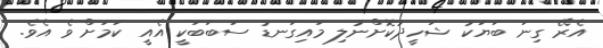
އެރޭ ގިނަ ބަޔަކު ޝަހީދުކޮށްނުލި މައިގަނޑު ސަބަބަކީ އެއީ ކަމަށް ވެ އެވެ.